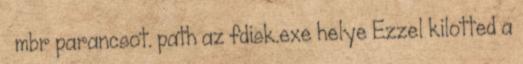
mbr parancsot. path az fdisk.exe helye Ezzel kilotted a